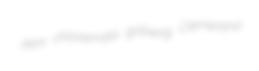
Jelm chloasmata golliwog Clementina